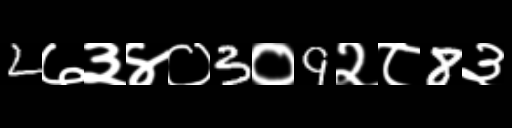
Text: 2७३४०3०9२८8३